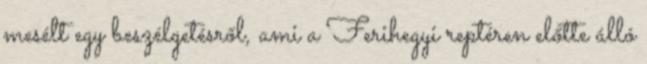
mesélt egy beszélgetésről, ami a Ferihegyi reptéren előtte álló